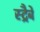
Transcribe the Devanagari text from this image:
स्ट्रैबे